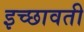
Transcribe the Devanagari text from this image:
इच्छावती